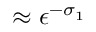
\approx \epsilon ^ { - \sigma _ { 1 } }